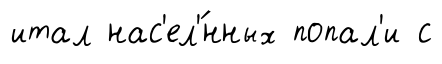
итал нас'ел'́нных попал'и с